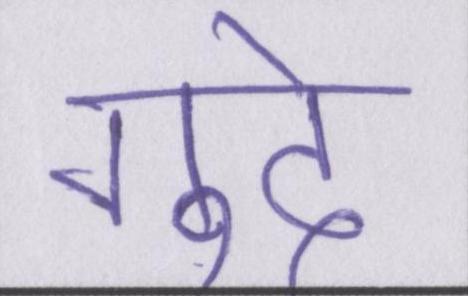
गूदे